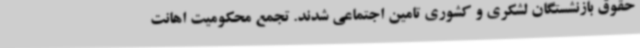
حقوق بازنشستگان لشکری و کشوری تامین اجتماعی شدند. تجمع محکومیت اهانت